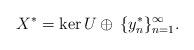
LaTeX: \begin{align*}X^*=\ker U\oplus\,\{y_n^*\}_{n=1}^\infty.\end{align*}